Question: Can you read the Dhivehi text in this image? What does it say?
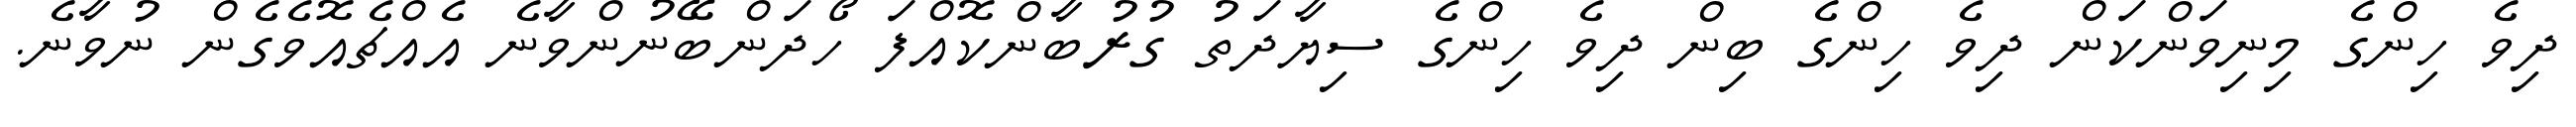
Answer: ދިވެ ހިންގެ މިނިވަންކަން ދިވެ ހިންގެ ބިން ދިވެ ހިންގެ ސިޔާދަތު ގުރުބާންކޮއްފަ ހޯދަންބޭނުންވާނެ އެއްޗެއޮވެގެން ނުވާނެ.